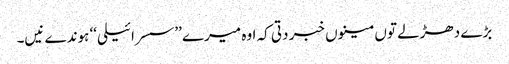
بڑے دھڑلے توں مینوں خبر دتی کہ اوہ میرے ’’سسرائیلی‘‘ ہوندے نیں۔